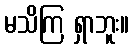
မသိကြ ရှာဘူး။